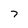
Character: 7